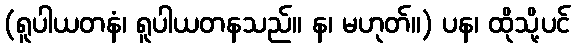
(ရူပါယတနံ၊ ရူပါယတနသည်။ န၊ မဟုတ်။) ပန၊ ထိုသို့ပင်